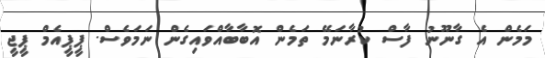
މަމެން އެ ގާނޫނު ފާސް ކުރާނަމޭ ތަމެން އޮބާބާއްވައިގެން ނަމަވެސް. ޕީޕީއެމް ޕީޖީ